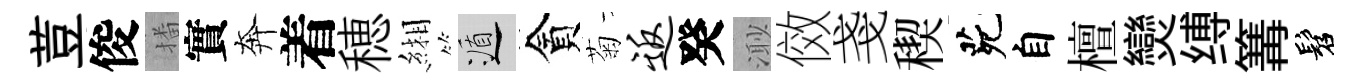
荳俊播實奔着穂緗遁貪菊返癸𣺌傚戔稧茕自檀𤓖缚篝髫